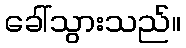
ခေါ်သွားသည်။